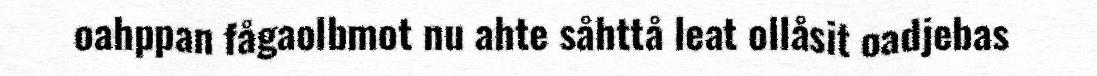
oahppan fågaolbmot nu ahte såhttå leat ollåsit oadjebas